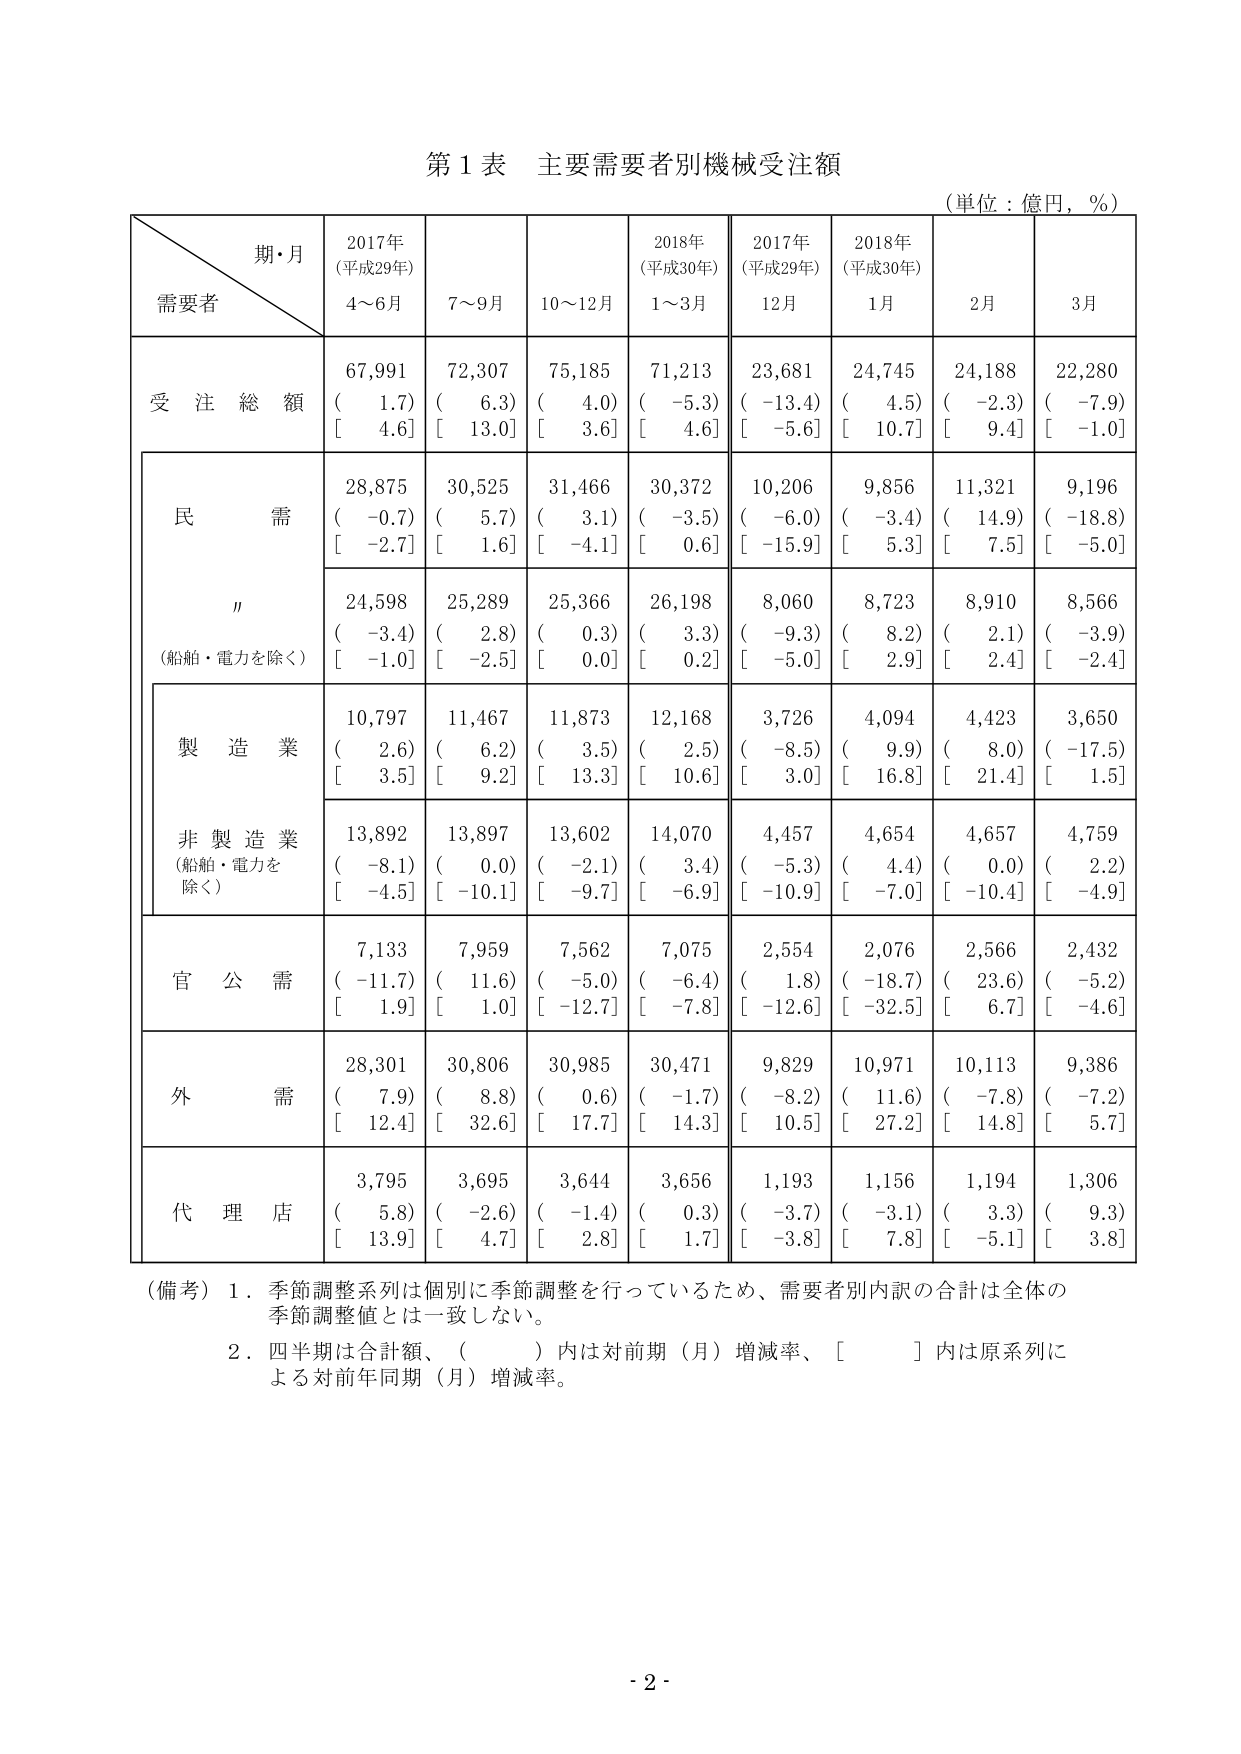
第１表 主要需要者別機械受注額
（単位：億円，％）

期・月
需要者
2017年
（平成29年）
4～6月
7～9月
10～12月
2018年
（平成30年）
1～3月
2017年
（平成29年）
12月
2018年
（平成30年）
1月
2月
3月

受注総額
67,991
（ 1.7）
［ 4.6］
72,307
（ 6.3）
［ 13.0］
75,185
（ 4.0）
［ 3.6］
71,213
（ －5.3）
［ 4.6］
23,681
（ －13.4）
［ －5.6］
24,745
（ 4.5）
［ 10.7］
24,188
（ －2.3）
［ 9.4］
22,280
（ －7.9）
［ －1.0］

民需
28,875
（ －0.7）
［ －2.7］
30,525
（ 5.7）
［ 1.6］
31,466
（ 3.1）
［ －4.1］
30,372
（ －3.5）
［ 0.6］
10,206
（ －6.0）
［ －15.9］
9,856
（ －3.4）
［ 5.3］
11,321
（ 14.9）
［ 7.5］
9,196
（ －18.8）
［ －5.0］

〃
（船舶・電力を除く）
24,598
（ －3.4）
［ －1.0］
25,289
（ 2.8）
［ －2.5］
25,366
（ 0.3）
［ 0.0］
26,198
（ 3.3）
［ 0.2］
8,060
（ －9.3）
［ －5.0］
8,723
（ 8.2）
［ 2.9］
8,910
（ 2.1）
［ 2.4］
8,566
（ －3.9）
［ －2.4］

製造業
10,797
（ 2.6）
［ 3.5］
11,467
（ 6.2）
［ 9.2］
11,873
（ 3.5）
［ 13.3］
12,168
（ 2.5）
［ 10.6］
3,726
（ －8.5）
［ 3.0］
4,094
（ 9.9）
［ 16.8］
4,423
（ 8.0）
［ 21.4］
3,650
（ －17.5）
［ 1.5］

非製造業
（船舶・電力を除く）
13,892
（ －8.1）
［ －4.5］
13,897
（ 0.0）
［ －10.1］
13,602
（ －2.1）
［ －9.7］
14,070
（ 3.4）
［ －6.9］
4,457
（ －5.3）
［ －10.9］
4,654
（ 4.4）
［ －7.0］
4,657
（ 0.0）
［ －10.4］
4,759
（ 2.2）
［ －4.9］

官公需
7,133
（ －11.7）
［ 1.9］
7,959
（ 11.6）
［ 1.0］
7,562
（ －5.0）
［ －12.7］
7,075
（ －6.4）
［ －7.8］
2,554
（ 1.8）
［ －12.6］
2,076
（ －18.7）
［ －32.5］
2,566
（ 23.6）
［ 6.7］
2,432
（ －5.2）
［ －4.6］

外需
28,301
（ 7.9）
［ 12.4］
30,806
（ 8.8）
［ 32.6］
30,985
（ 0.6）
［ 17.7］
30,471
（ －1.7）
［ 14.3］
9,829
（ －8.2）
［ 10.5］
10,971
（ 11.6）
［ 27.2］
10,113
（ －7.8）
［ 14.8］
9,386
（ －7.2）
［ 5.7］

代理店
3,795
（ 5.8）
［ 13.9］
3,695
（ －2.6）
［ 4.7］
3,644
（ －1.4）
［ 2.8］
3,656
（ 0.3）
［ 1.7］
1,193
（ －3.7）
［ －3.8］
1,156
（ －3.1）
［ 7.8］
1,194
（ 3.3）
［ －5.1］
1,306
（ 9.3）
［ 3.8］

（備考）１．季節調整系列は個別に季節調整を行っているため、需要者別内訳の合計は全体の季節調整値とは一致しない。
２．四半期は合計額、（　　）内は対前期（月）増減率、［　　］内は原系列による対前年同期（月）増減率。

- 2 -